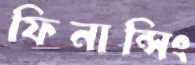
ফিনান্সিং